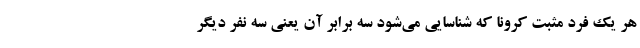
هر یک فرد مثبت کرونا که شناسایی می‌شود سه برابر آن یعنی سه نفر دیگر